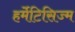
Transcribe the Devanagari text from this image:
हर्मेटिसिज्म